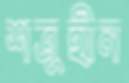
শত্রুহীন